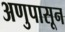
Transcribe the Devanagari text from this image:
अणुपासून